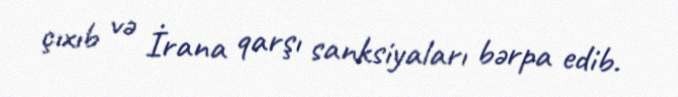
çıxıb və İrana qarşı sanksiyaları bərpa edib.